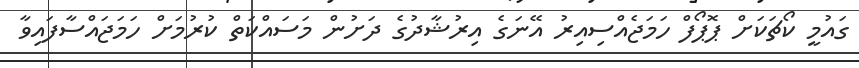
ގައުމީ ކޯޗަކަށް ޕޮޕޯފް ހަމަޖެއްސިއިރު އޭނަގެ އިރުޝާދުގެ ދަށުން މަސައްކަތް ކުރުމަށް ހަމަޖައްސާފައިވާ